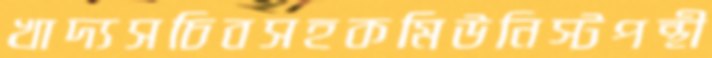
খাদ্যসচিবসহকমিউনিস্টপন্থী